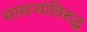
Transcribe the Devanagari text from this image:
सासऱ्यांविरुद्ध